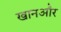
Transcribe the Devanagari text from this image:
खानऔर